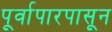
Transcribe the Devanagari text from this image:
पूर्वापारपासून